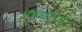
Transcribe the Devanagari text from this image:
मरूद्यानांस